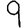
Digit: 9